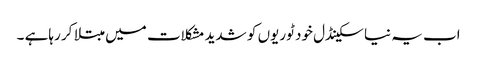
اب یہ نیا سکینڈل خود ٹوریوں کو شدید مشکلات میں مبتلا کر رہاہے ۔